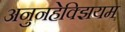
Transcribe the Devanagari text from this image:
अनुनहेक्झियम